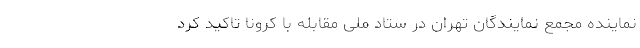
نماینده مجمع نمایندگان تهران در ستاد ملی مقابله با کرونا تاکید کرد